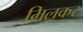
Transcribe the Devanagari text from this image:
मिलकर